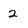
Character: 2